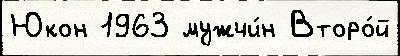
Юкон 1963 мужчи́н Второ́й